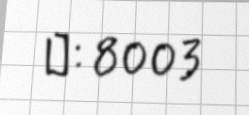
№: 8003